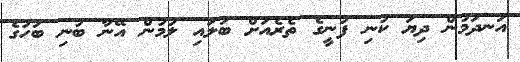
އަނދަމުން ދިޔަ ކުނި ފުނީގެ ތެރެއަށް ބަލައި ލުމުން އޭނާ ބުނި ބަހުގެ